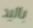
باليد